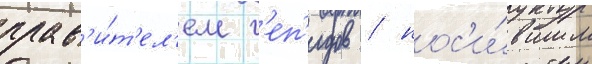
прав'и́т'ел'ем г'еп'идов / нос'и́вшим